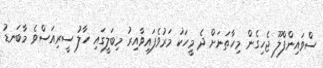
ސްވައިންފްލޫ ޖެހިގެން މިހާތަަނަށް ދެ މީހަކު މަރުވެފައިވާއިރު މިބަލީގައި ހާލު ސީރިއަސްވެ މާބަނޑު